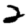
Digit: 2